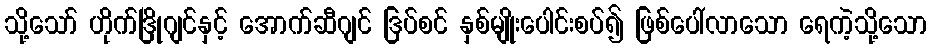
သို့သော် ဟိုက်ဒြိုဂျင်နှင့် အောက်ဆီဂျင် ဒြပ်စင် နှစ်မျိုးပေါင်းစပ်၍ ဖြစ်ပေါ်လာသော ရေကဲ့သို့သော